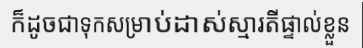
ក៏ដូចជាទុកសម្រាប់ដាស់ស្មារតីផ្ទាល់ខ្លួន